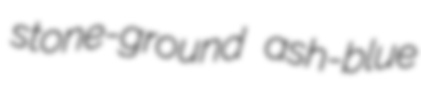
stone-ground ash-blue